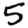
Digit: 5